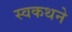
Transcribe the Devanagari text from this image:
स्वकथने